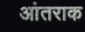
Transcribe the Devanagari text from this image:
आंतराक